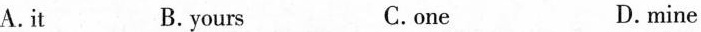
A.it B. yours C.one D.mine